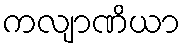
ကလျာဏိယာ